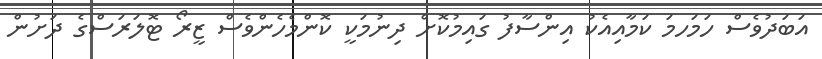
އަބަދުވެސް ހަމަހމަ ކަމާއިއެކު އިންސާފު ގައިމުކޮށް ދިނުމަކީ ކޮންމެހެންވެސް ޒީރޯ ޓޮލަރަސްގެ ދަށުން